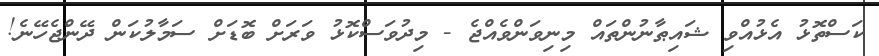
ކަސްތޮޅު އެޅުއްވި ޝައިޠާނުންތައް މިނިވަންވެއްޖެ - މިދުވަސްކޮޅު ވަރަށް ބޮޑަށް ސަމާލުކަން ދޭންޖެހޭނެ!